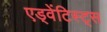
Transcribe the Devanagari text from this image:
एड्वेंटिस्ट्स